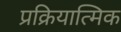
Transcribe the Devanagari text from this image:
प्रक्रियात्मिक